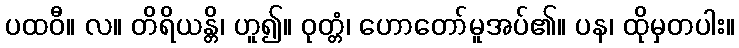
ပထဝီ။ လ။ တိရိယန္တိ၊ ဟူ၍။ ဝုတ္တံ၊ ဟောတော်မူအပ်၏။ ပန၊ ထိုမှတပါး။